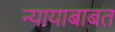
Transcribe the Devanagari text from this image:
न्यायाबाबत